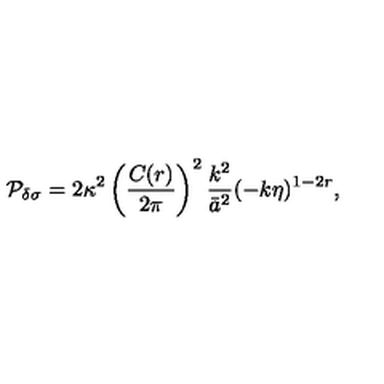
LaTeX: { \cal P } _ { \delta \sigma } = 2 \kappa ^ { 2 } \left( { \frac { C ( r ) } { 2 \pi } } \right) ^ { 2 } { \frac { k ^ { 2 } } { \bar { a } ^ { 2 } } } ( - k \eta ) ^ { 1 - 2 r } ,